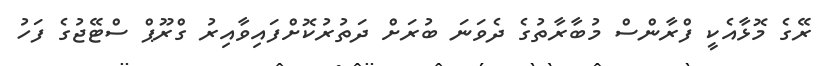
ރޭގެ މޮޅާއެކީ ފްރާންސް މުބާރާތުގެ ދެވަނަ ބުރަށް ދަތުރުކޮށްފައިވާއިރު ގްރޫޕް ސްޓޭޖުގެ ފަހު